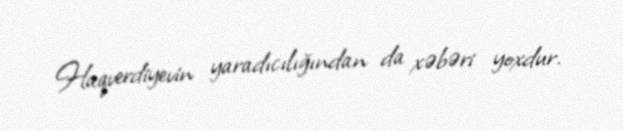
Haqverdiyevin yaradıcılığından da xəbəri yoxdur.